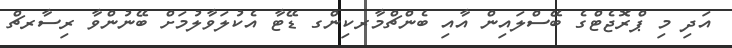
އަދި މި ޕްރޮޖެޓްގެ ބޭސްލައިން އާއި ބެންޗްމާރކިންގ ޑޭޓާ އެކުލަވާލުމަށް ބޭނުންވާ ރިސާރޗް